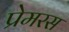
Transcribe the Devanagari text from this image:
प्रेमरस